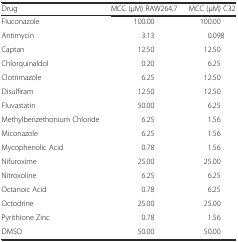
| Drug | MCC (μM) RAW264.7 | MCC (μM) C32 |
 | --- | --- | --- |
 | Fluconazole | 100.00 | 100.00 |
 | Antimycin | 3.13 | 0.098 |
 | Captan | 12.50 | 12.50 |
 | Chlorquinaldol | 0.20 | 6.25 |
 | Clotrimazole | 6.25 | 12.50 |
 | Disulfiram | 12.50 | 12.50 |
 | Fluvastatin | 50.00 | 6.25 |
 | Methylbenzethonium Chloride | 6.25 | 1.56 |
 | Miconazole | 6.25 | 1.56 |
 | Mycophenolic Acid | 0.78 | 1.56 |
 | Nifuroxime | 25.00 | 25.00 |
 | Nitroxoline | 6.25 | 6.25 |
 | Octanoic Acid | 0.78 | 6.25 |
 | Octodrine | 25.00 | 25.00 |
 | Pyrithione Zinc | 0.78 | 1.56 |
 | DMSO | 50.00 | 50.00 |